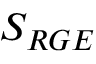
S _ { R G E }